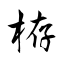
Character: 栫